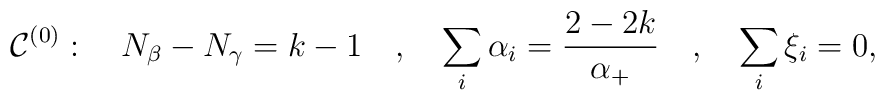
{\cal C}^{(0)} : \quad N_{\beta} - N_{\gamma} = k-1 \quad , \quad \sum_i\alpha_i = {\frac{2-2k }{\alpha_+}} \quad , \quad \sum_i \xi_i = 0,